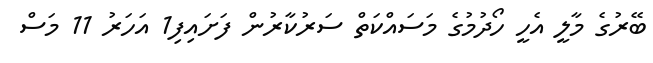
ބޭރުގެ މާލީ އެހީ ހޯދުމުގެ މަސައްކަތް ސަރުކާރުން ފަށައިފި1 އަހަރު 11 މަސް